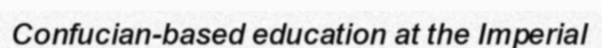
Confucian-based education at the Imperial